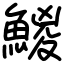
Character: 鯼